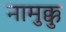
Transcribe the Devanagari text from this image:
नामुक्कु